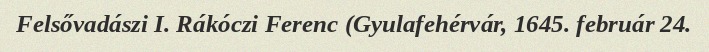
Felsővadászi I. Rákóczi Ferenc (Gyulafehérvár, 1645. február 24.